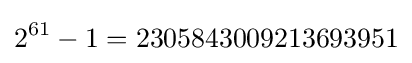
2^{61}-1=2305843009213693951